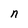
Character: n